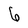
Character: 6